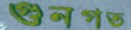
গুনগত